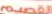
القصيم